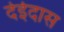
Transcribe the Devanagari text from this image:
देईदास